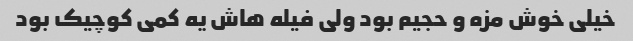
خیلی خوش مزه و حجیم بود ولی فیله هاش یه کمی کوچیک بود